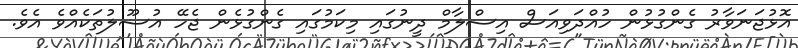
އޮޅުޖަނަވާރު ގެންގުޅުން ހުއްދަވިއަސް އިސްލާމް ދީނުގައި މިކަމުގައި ގެންގުޅެން ޖެހޭ އުސޫލުތަކެއްވެ އެވެ.